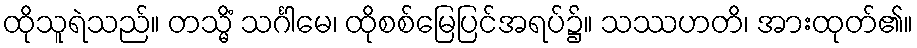
ထိုသူရဲသည်။ တသ္မိံ သင်္ဂါမေ၊ ထိုစစ်မြေပြင်အရပ်၌။ သဿဟတိ၊ အားထုတ်၏။